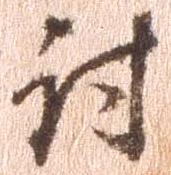
討